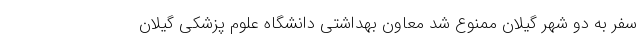
سفر به دو شهر گیلان ممنوع شد معاون بهداشتی دانشگاه علوم پزشکی گیلان